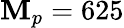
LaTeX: \mathbf{M}_{p}=625